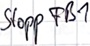
Text: Stopp FB1